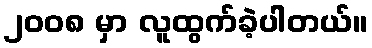
၂၀၀၈ မှာ လူထွက်ခဲ့ပါတယ်။